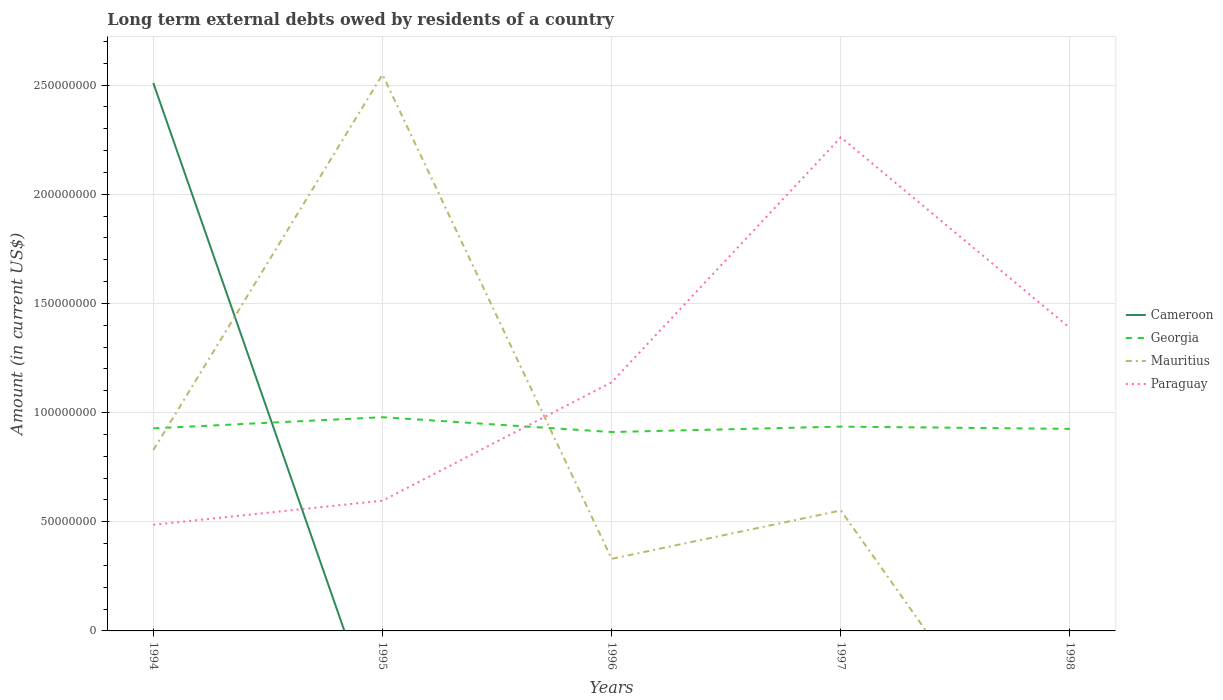
| Years | Cameroon | Georgia | Mauritius | Paraguay |
 | --- | --- | --- | --- | --- |
 | 1994 | 2.51e+08 | 9.28e+07 | 8.28e+07 | 4.86e+07 |
 | 1995 | -5e+07 | 9.79e+07 | 2.55e+08 | 5.97e+07 |
 | 1996 | -4.19e+07 | 9.11e+07 | 3.3e+07 | 1.14e+08 |
 | 1997 | -5.91e+06 | 9.36e+07 | 5.52e+07 | 2.26e+08 |
 | 1998 | -8.31e+07 | 9.25e+07 | -9.31e+07 | 1.39e+08 |